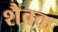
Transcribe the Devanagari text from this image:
शैवक